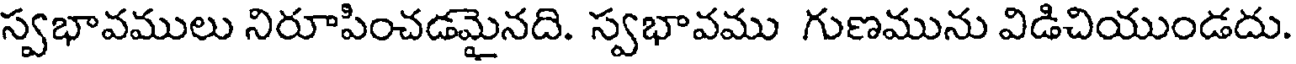
స్వభావములు నిరూపించడమైనది. స్వభావము గుణమును విడిచియుండదు.